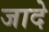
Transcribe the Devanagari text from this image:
जादे